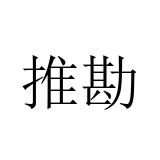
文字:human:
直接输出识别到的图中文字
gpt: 推勘